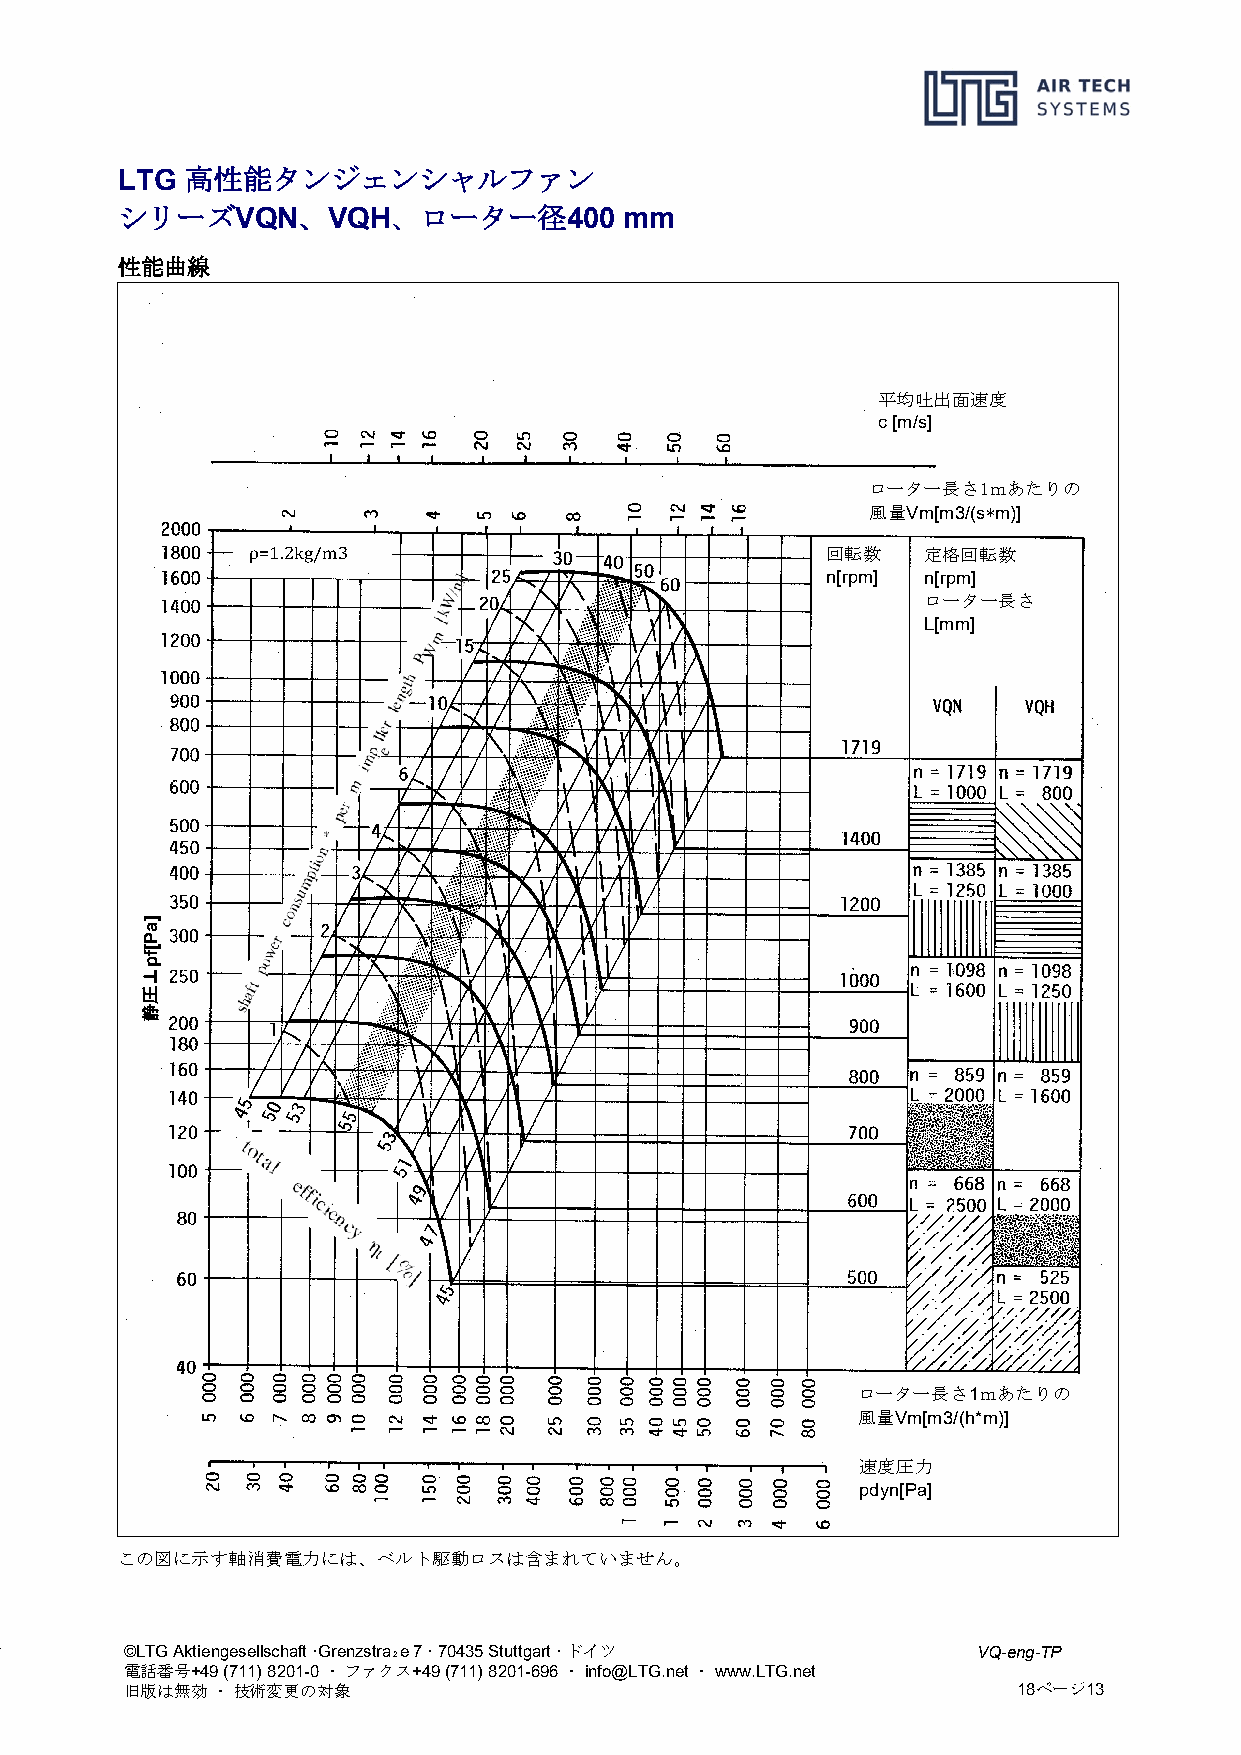
高性能タンジェンシャルファン
 LTG
 シリーズ        、     、ローター径
 VQN   VQH             400 mm
 性能曲線
 平均吐出面速度
 c [m/s]
 ローター長さ1ｍあたりの
 風量Vm[m3/(s*m)]
 回転数   定格回転数
 n[rpm] n[rpm]
 ρ=1.2kg/m3
 ローター長さ
 L[mm]
 ローター長さ1ｍあたりの
 風量Vm[m3/(h*m)]
 速度圧力
 pdyn[Pa]
 この図に示す軸消費電力には、ベルト駆動ロスは含まれていません。
 ©LTG Aktiengesellschaft ·Grenzstra₂e 7 · 70435 Stuttgart · ドイツ VQ-eng-TP
 電話番号+49 (711) 8201-0 ・ ファクス+49 (711) 8201-696 ・ info@LTG.net ・ www.LTG.net
 旧版は無効 ・ 技術変更の対象                                            18ページ13
 ]aP[fp⊥圧静